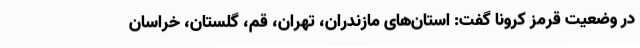
در وضعیت قرمز کرونا گفت: استان‌های مازندران، تهران، قم، گلستان، خراسان